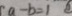
a - b = 1